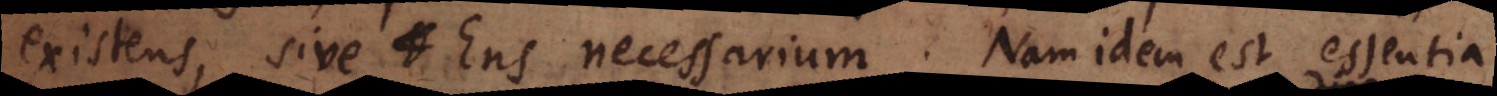
existens, sive Ens necessarium. Nam idem est essentia